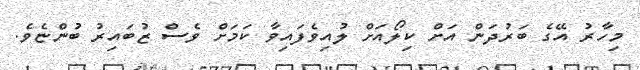
މިހާރު އޭގެ ބަރުދަން އަށް ކިލޯއަށް ލުއިވެފައިވާ ކަމަށް ވެސް ޒުބައިރު ބުންޏެވެ.